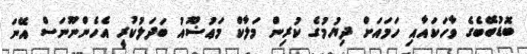
ބޮޑުބޭބެގެ ވާހަކައާއި ހަމައަށް ދިޔުމުގެ ކުރިން މަލާކް މަޢުޟޫއު ބަދަލުކުރީ އެހެންނޫނަސް އޭނަ